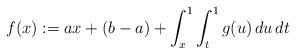
LaTeX: \begin{align*}f(x):=ax+(b-a)+\int_{x}^{1}\int_{t}^{1}g(u)\,du\,dt\end{align*}